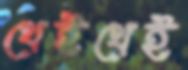
থেইথেই